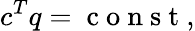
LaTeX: c^{T}q=\mathrm{~c~o~n~s~t~},